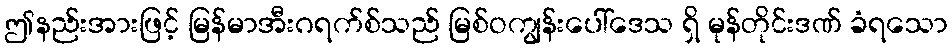
ဤနည်းအားဖြင့် မြန်မာအီးဂရက်စ်သည် မြစ်ဝကျွန်းပေါ်ဒေသ ရှိ မုန်တိုင်းဒဏ် ခံရသော